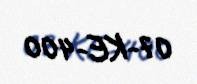
07-KE-400